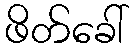
ဖိတ်ခေါ်